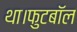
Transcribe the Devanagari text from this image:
था।फुटबॉल